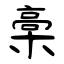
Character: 槀